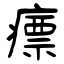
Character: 瘭